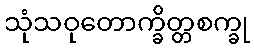
သုံသဝုတောက္ခိတ္တစက္ခု